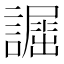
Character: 𧬲